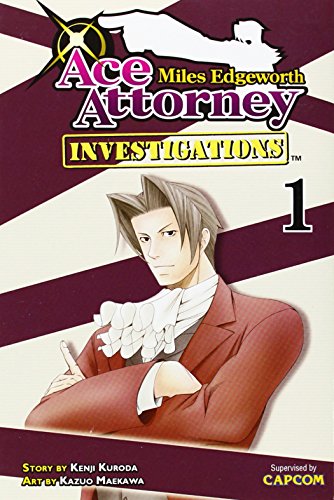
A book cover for Miles Edgeworth: Ace Attorney Investigations 1; Kenji Kuroda; Comics & Graphic Novels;